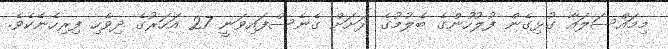
މިމައްސަލައާ ގުޅިގެން ފުލުހުންގެ ބެލުމުގެ ދަށަށް ގެނެސްފައިވަނީ 27 އަހަރުގެ ދިވެހި ފިރިހެނެކެވެ.